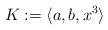
LaTeX: \begin{align*}K := \langle a, b, x^3 \rangle \end{align*}